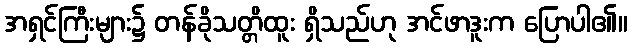
အရှင်ကြီးများ၌ တန်ခိုသတ္တိထူး ရှိသည်ဟု အင်ဖာဒူးက ပြောပါ၏။